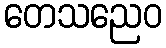
တေသညေဝ